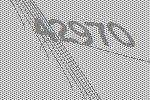
42970